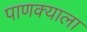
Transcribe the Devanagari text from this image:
पाणक्याला